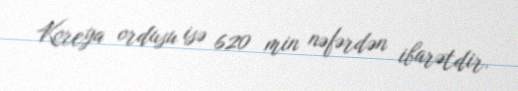
Koreya ordusu isə 620 min nəfərdən ibarətdir.